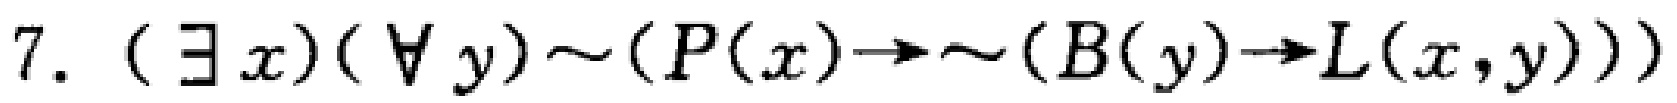
$7. (\exists x)(\forall y)\sim(P(x)\to\sim(B(y)\to L(x,y)))$